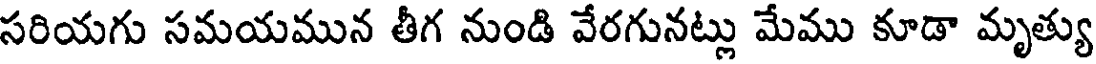
సరియగు సమయమున తీగ నుండి వేరగునట్లు మేము కూడా మృత్యు